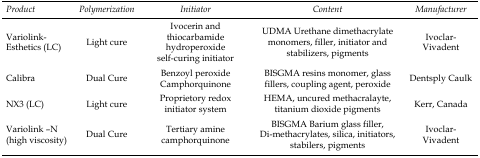
| Product | Polymerization | Initiator | Content | Manufacturer |
 | --- | --- | --- | --- | --- |
 | Variolink- Esthetics (LC) | Light cure | Ivocerin and thiocarbamide hydroperoxide self-curing initiator | UDMA Urethane dimethacrylate monomers, filler, initiator and stabilizers, pigments | Ivoclar-Vivadent |
 | Calibra | Dual Cure | Benzoyl peroxide Camphorquinone | BISGMA resins monomer, glass fillers, coupling agent, peroxide | Dentsply Caulk |
 | NX3 (LC) | Light cure | Proprietory redox initiator system | HEMA, uncured methacralayte, titanium dioxide pigments | Kerr, Canada |
 | Variolink –N (high viscosity) | Dual Cure | Tertiary amine camphorquinone | BISGMA Barium glass filler, Di-methacrylates, silica, initiators, stabilers, pigments | Ivoclar-Vivadent |